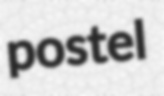
postel